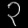
Digit: ၃